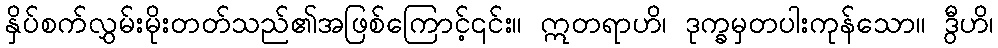
နှိပ်စက်လွှမ်းမိုးတတ်သည်၏အဖြစ်ကြောင့်၎င်း။ ဣတရာဟိ၊ ဒုက္ခမှတပါးကုန်သော။ ဒွီဟိ၊